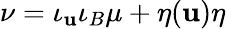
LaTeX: \nu=\iota_{\mathbf{u}}\iota_{B}\mu+\eta(\mathbf{u})\eta